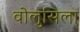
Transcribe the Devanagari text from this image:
वोलुसिला